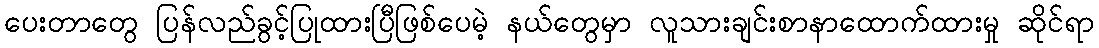
ပေးတာတွေ ပြန်လည်ခွင့်ပြုထားပြီဖြစ်ပေမဲ့ နယ်တွေမှာ လူသားချင်းစာနာထောက်ထားမှု ဆိုင်ရာ